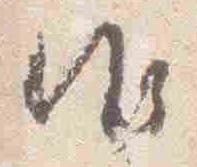
御